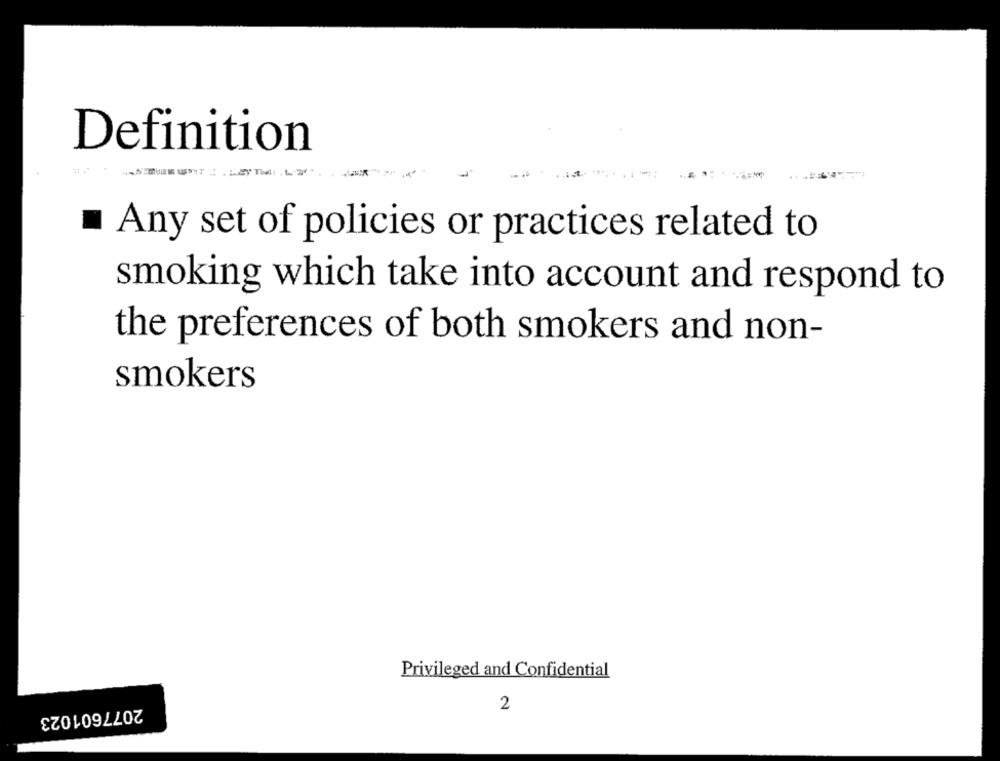
Definition
Any set of policies or practices related to
smoking which take into account and respond to
the preferences of both smokers and non-
smokers
Privileged and Confidential
2
2077601023